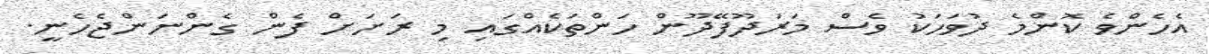
އެހެންވެ ކޮންމެ ދުވަހަކު ވެސް މަރަދޫފޭދޫން ހަންތަކެއްގައި މި ރަށަށް ފެން ގެންނަންޖެހެނީ.